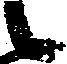
候